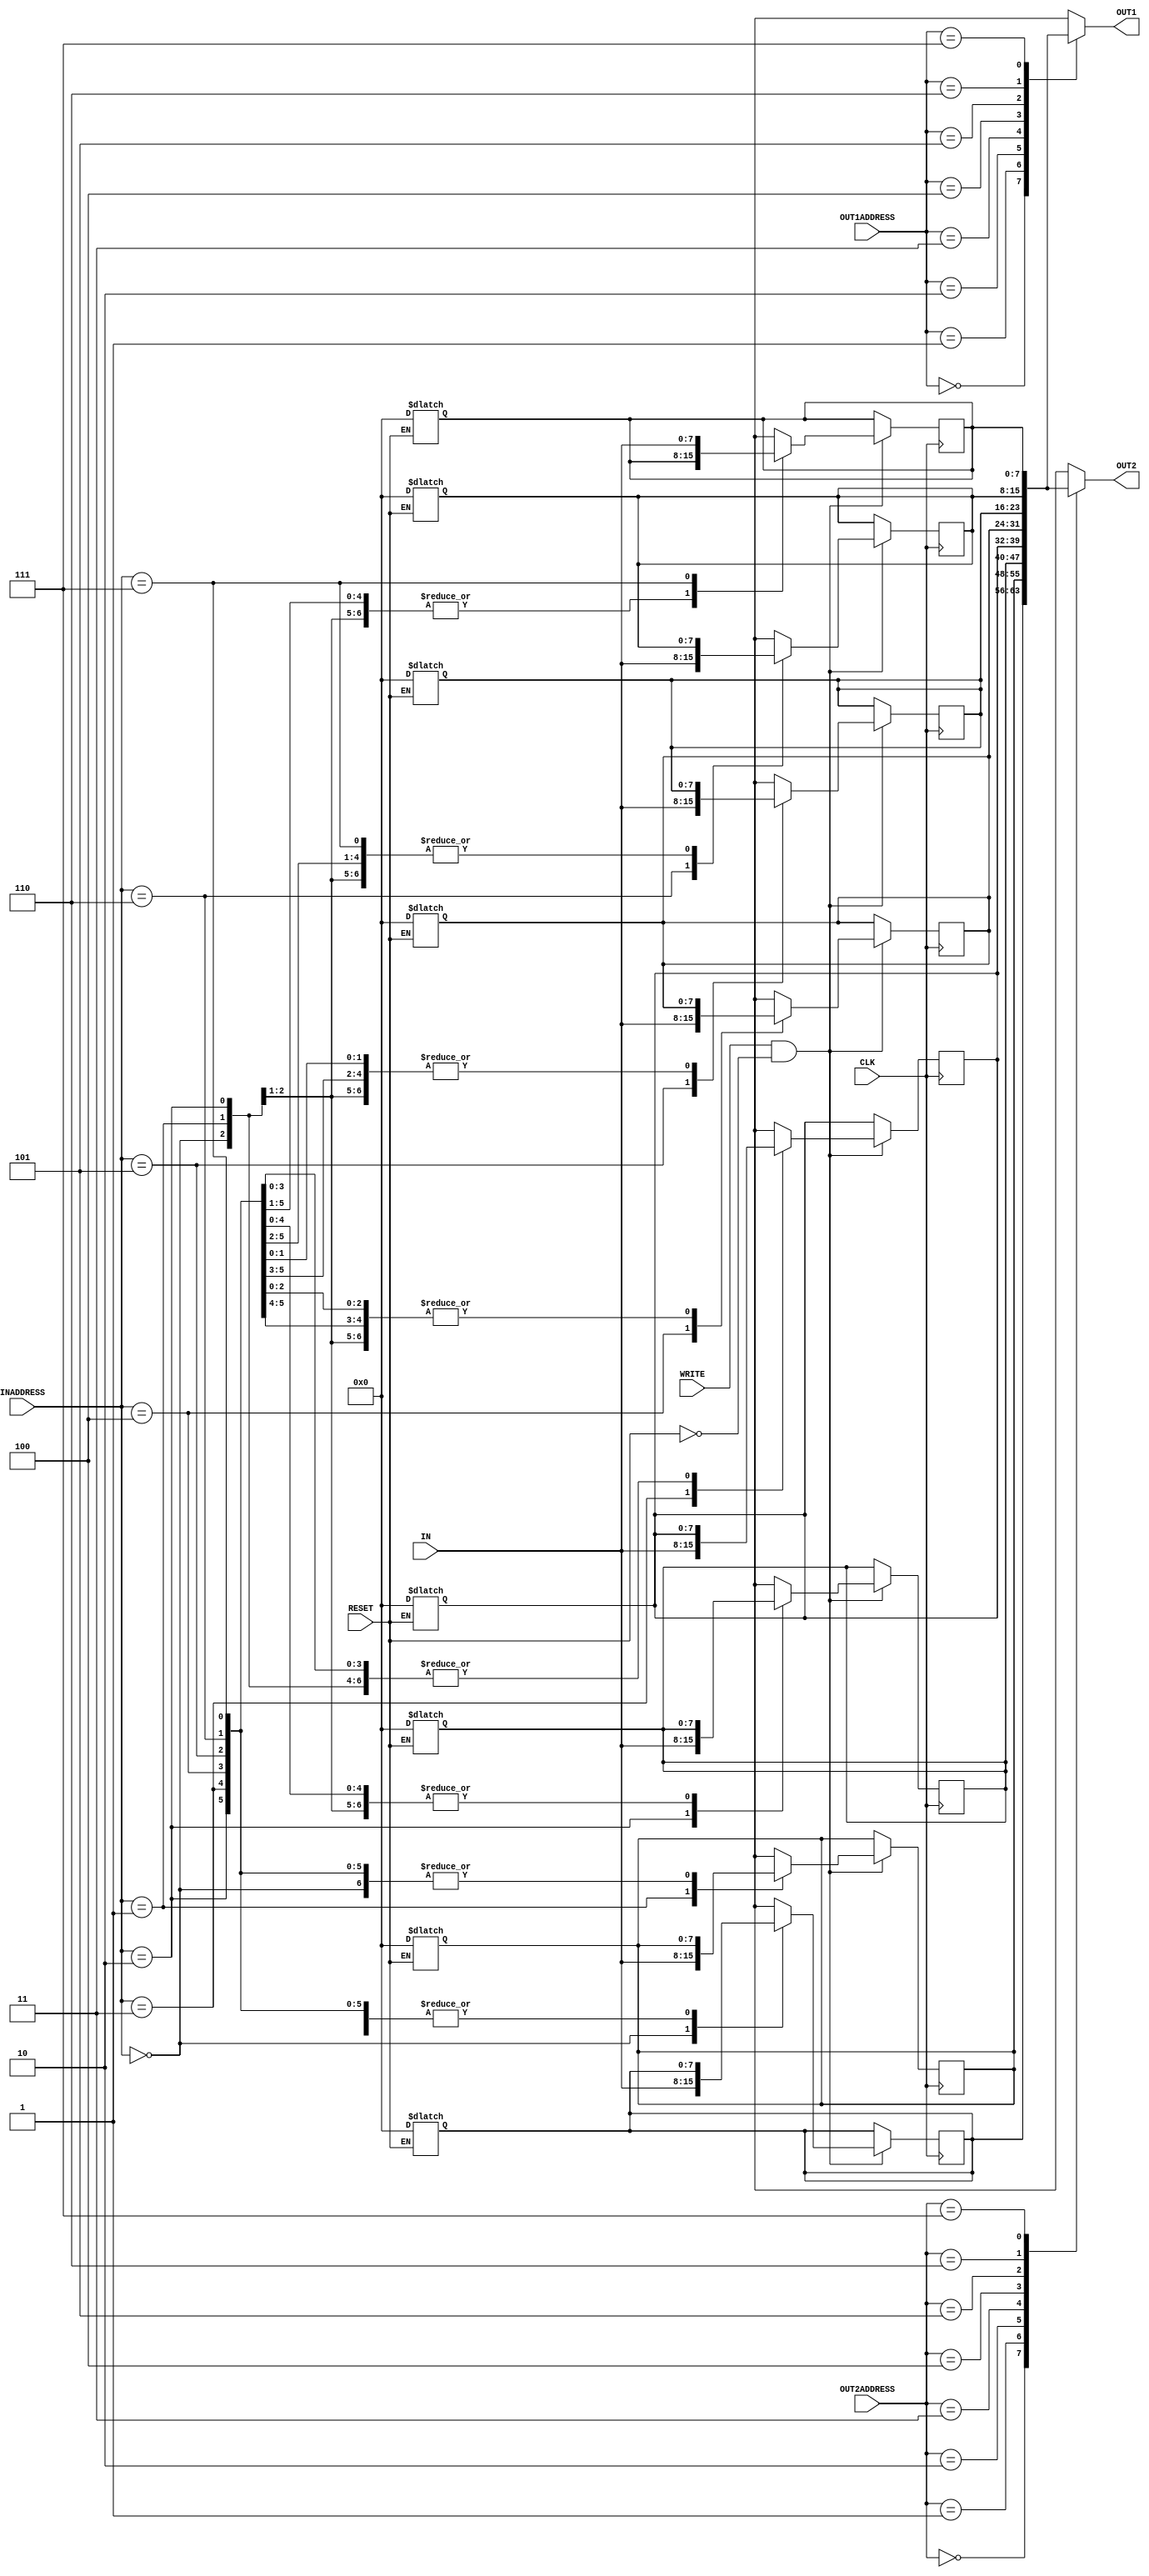
module reg_file(
    input [2:0] INADDRESS,
    input [2:0] OUT1ADDRESS,
    input [2:0] OUT2ADDRESS,
    input WRITE,
    input CLK,
    input RESET,
    input [7:0] IN,
    output [7:0] OUT1,
    output [7:0] OUT2
);

// Internal variables
integer i;

// Register array declaration
reg [7:0] regFile[0:7];

// Resetting the registers if RESET is asserted
always @(*)
begin
    if (RESET == 1) begin
        #2;
        for (i = 0; i < 8; i = i + 1) begin
            regFile[i] = 8'b00000000;
        end
    end
end

// Writing to the register on the positive edge of CLK if WRITE is enabled
always @(posedge CLK)
begin
    if (WRITE == 1'b1 && RESET == 1'b0) begin
        #2;
        regFile[INADDRESS] = IN; // Write with a delay
    end
end

// Reading from the registers
assign #2 OUT1 = regFile[OUT1ADDRESS];
assign #2 OUT2 = regFile[OUT2ADDRESS];

endmodule